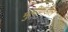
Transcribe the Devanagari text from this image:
मुलीकडील